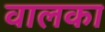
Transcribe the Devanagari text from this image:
वालका